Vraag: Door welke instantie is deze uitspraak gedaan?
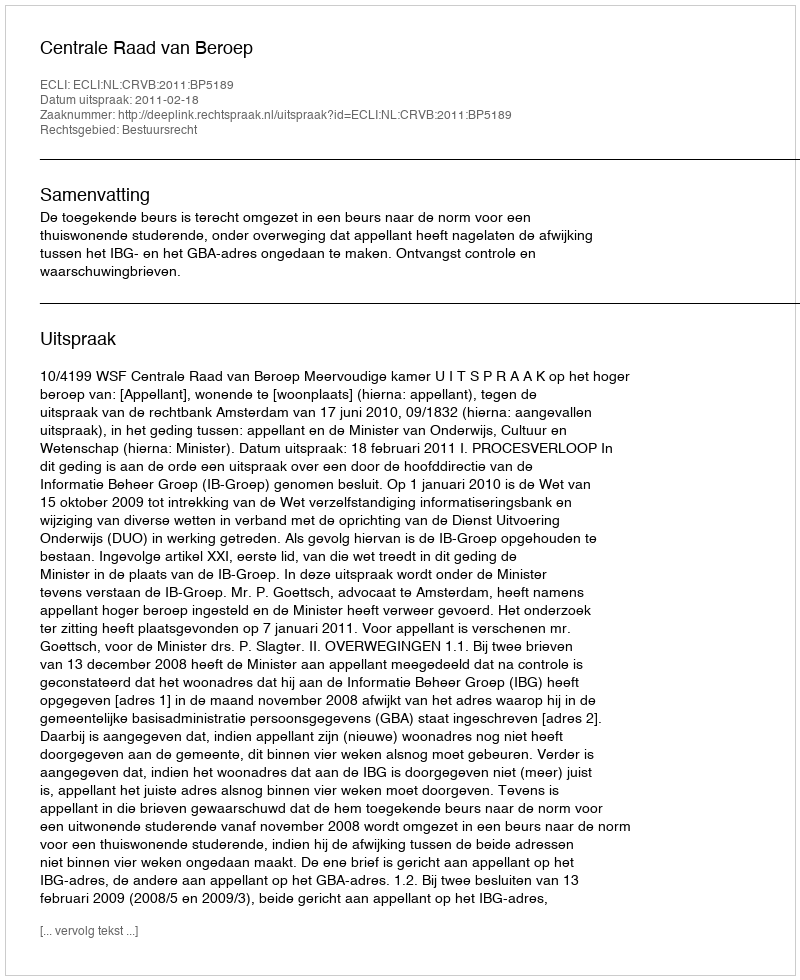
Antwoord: Centrale Raad van Beroep